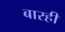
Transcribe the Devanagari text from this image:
बारही